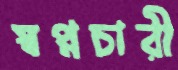
স্বপ্নচারী